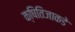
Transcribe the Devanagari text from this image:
क्षितिजाकडे